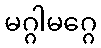
မဂ္ဂါမဂ္ဂေ